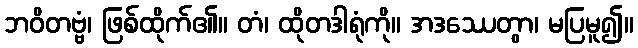
ဘဝိတဗ္ဗံ၊ ဖြစ်ထိုက်၏။ တံ၊ ထိုတဒါရုံကို။ အဒဿေတွာ၊ မပြမူ၍။